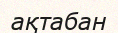
ақтабан